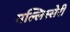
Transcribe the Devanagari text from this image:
मल्लिस्सेरी